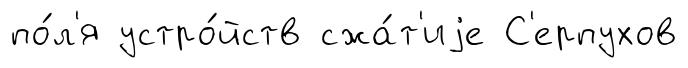
по́л'я устро́йств сжа́т'иjе С'ерпухов